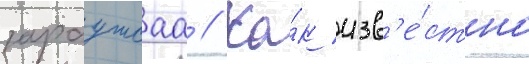
зараутсаа // Ка́к изв'е́стно